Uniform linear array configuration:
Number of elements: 24
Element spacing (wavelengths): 0.75
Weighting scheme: uniform
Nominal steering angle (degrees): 60
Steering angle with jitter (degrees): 59.519
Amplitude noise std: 0.05
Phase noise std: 0.05

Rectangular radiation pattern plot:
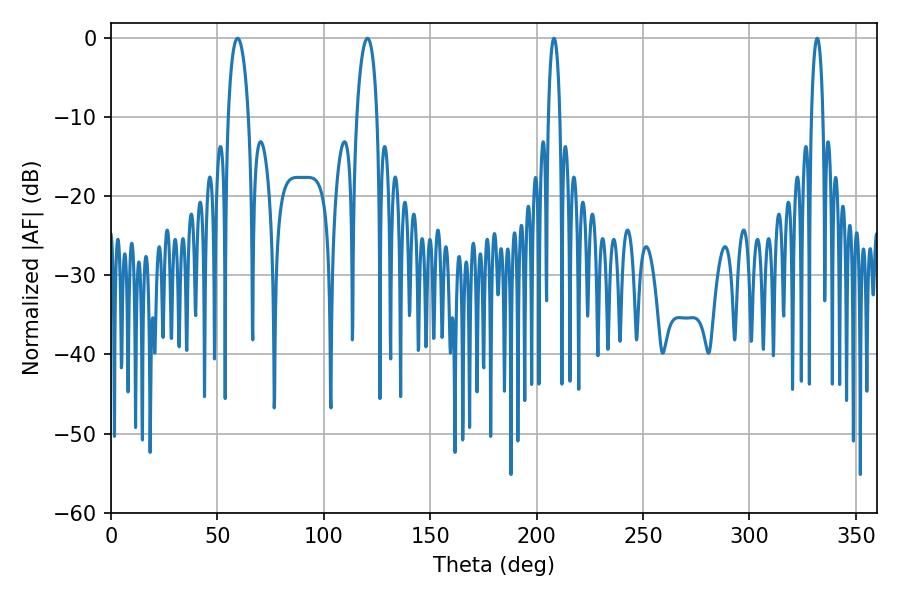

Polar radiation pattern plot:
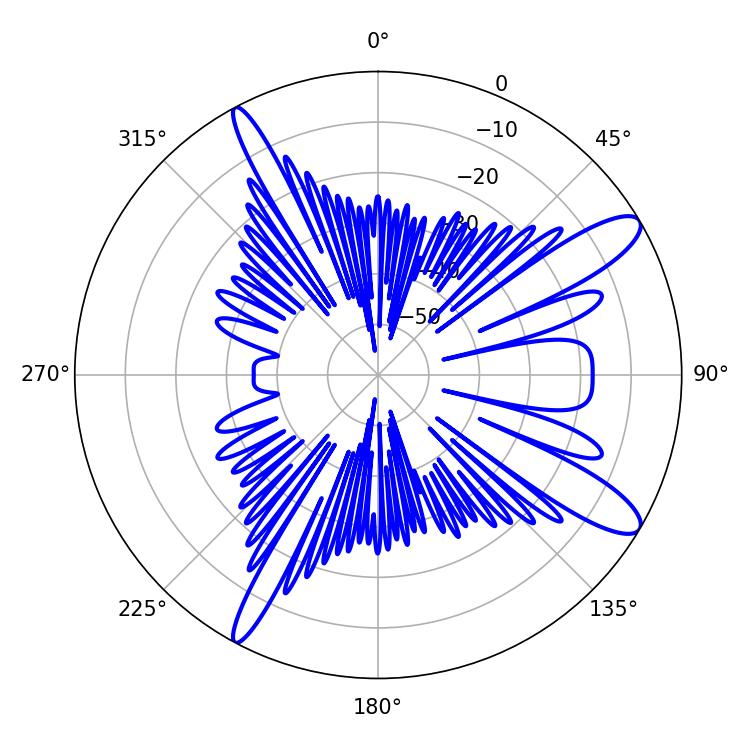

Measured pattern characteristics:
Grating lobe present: TRUE
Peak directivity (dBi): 11.835
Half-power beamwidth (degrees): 5.4
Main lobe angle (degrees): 59.4